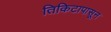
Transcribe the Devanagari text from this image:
तिकिटापासून